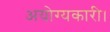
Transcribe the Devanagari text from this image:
अयोग्यकारी।